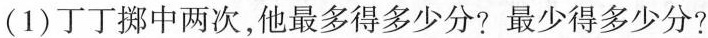
(1)丁丁拼中两次，他最多得多少分?最少得多少分?